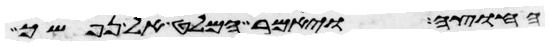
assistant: החוצה ויאמר המלט על נפשך